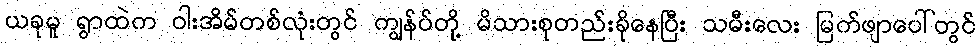
ယခုမူ ရွာထဲက ဝါးအိမ်တစ်လုံးတွင် ကျွန်ပ်တို့ မိသားစုတည်းခိုနေပြီး သမီးလေး မြက်ဖျာပေါ်တွင်